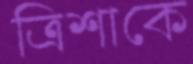
ত্রিশাকে